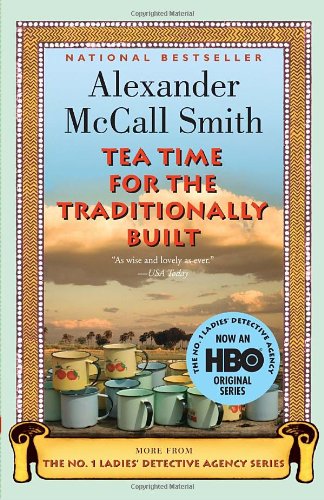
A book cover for Tea Time for the Traditionally Built (No. 1 Ladies' Detective Agency Series); Alexander McCall Smith; Literature & Fiction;